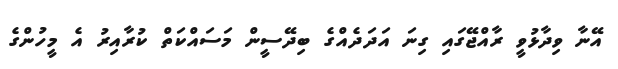
އޭނާ ވިދާޅުވީ ރާއްޖޭގައި ގިނަ އަދަދެއްގެ ބިދޭސީން މަސައްކަތް ކުރާއިރު އެ މީހުންގެ